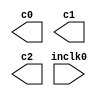
// megafunction wizard: %ALTPLL%VBB%
// GENERATION: STANDARD
// VERSION: WM1.0
// MODULE: altpll 

// ============================================================
// Megafunction Name(s):
// 			altpll
//
// Simulation Library Files(s):
// 			altera_mf
// ============================================================
// ************************************************************
// THIS IS A WIZARD-GENERATED FILE. DO NOT EDIT THIS FILE!
//
// 9.1 Build 350 03/24/2010 SP 2 SJ Full Version
// ************************************************************

//Copyright (C) 1991-2010 Altera Corporation
//Your use of Altera Corporation's design tools, logic functions 
//and other software and tools, and its AMPP partner logic 
//functions, and any output files from any of the foregoing 
//(including device programming or simulation files), and any 
//associated documentation or information are expressly subject 
//to the terms and conditions of the Altera Program License 
//Subscription Agreement, Altera MegaCore Function License 
//Agreement, or other applicable license agreement, including, 
//without limitation, that your use is for the sole purpose of 
//programming logic devices manufactured by Altera and sold by 
//Altera or its authorized distributors.  Please refer to the 
//applicable agreement for further details.

module enet_rx_clk_pll (
	inclk0,
	c0,
	c1,
	c2);

	input	  inclk0;
	output	  c0;
	output	  c1;
	output	  c2;

endmodule

// ============================================================
// CNX file retrieval info
// ============================================================
// Retrieval info: PRIVATE: ACTIVECLK_CHECK STRING "0"
// Retrieval info: PRIVATE: BANDWIDTH STRING "1.000"
// Retrieval info: PRIVATE: BANDWIDTH_FEATURE_ENABLED STRING "1"
// Retrieval info: PRIVATE: BANDWIDTH_FREQ_UNIT STRING "MHz"
// Retrieval info: PRIVATE: BANDWIDTH_PRESET STRING "Low"
// Retrieval info: PRIVATE: BANDWIDTH_USE_AUTO STRING "1"
// Retrieval info: PRIVATE: BANDWIDTH_USE_PRESET STRING "0"
// Retrieval info: PRIVATE: CLKBAD_SWITCHOVER_CHECK STRING "0"
// Retrieval info: PRIVATE: CLKLOSS_CHECK STRING "0"
// Retrieval info: PRIVATE: CLKSWITCH_CHECK STRING "0"
// Retrieval info: PRIVATE: CNX_NO_COMPENSATE_RADIO STRING "0"
// Retrieval info: PRIVATE: CREATE_CLKBAD_CHECK STRING "0"
// Retrieval info: PRIVATE: CREATE_INCLK1_CHECK STRING "0"
// Retrieval info: PRIVATE: CUR_DEDICATED_CLK STRING "c0"
// Retrieval info: PRIVATE: CUR_FBIN_CLK STRING "c0"
// Retrieval info: PRIVATE: DEVICE_SPEED_GRADE STRING "Any"
// Retrieval info: PRIVATE: DIV_FACTOR0 NUMERIC "1"
// Retrieval info: PRIVATE: DIV_FACTOR1 NUMERIC "1"
// Retrieval info: PRIVATE: DIV_FACTOR2 NUMERIC "1"
// Retrieval info: PRIVATE: DUTY_CYCLE0 STRING "50.00000000"
// Retrieval info: PRIVATE: DUTY_CYCLE1 STRING "50.00000000"
// Retrieval info: PRIVATE: DUTY_CYCLE2 STRING "50.00000000"
// Retrieval info: PRIVATE: EFF_OUTPUT_FREQ_VALUE0 STRING "125.000000"
// Retrieval info: PRIVATE: EFF_OUTPUT_FREQ_VALUE1 STRING "125.000000"
// Retrieval info: PRIVATE: EFF_OUTPUT_FREQ_VALUE2 STRING "125.000000"
// Retrieval info: PRIVATE: EXPLICIT_SWITCHOVER_COUNTER STRING "0"
// Retrieval info: PRIVATE: EXT_FEEDBACK_RADIO STRING "0"
// Retrieval info: PRIVATE: GLOCKED_COUNTER_EDIT_CHANGED STRING "1"
// Retrieval info: PRIVATE: GLOCKED_FEATURE_ENABLED STRING "0"
// Retrieval info: PRIVATE: GLOCKED_MODE_CHECK STRING "0"
// Retrieval info: PRIVATE: GLOCK_COUNTER_EDIT NUMERIC "1048575"
// Retrieval info: PRIVATE: HAS_MANUAL_SWITCHOVER STRING "1"
// Retrieval info: PRIVATE: INCLK0_FREQ_EDIT STRING "125.000"
// Retrieval info: PRIVATE: INCLK0_FREQ_UNIT_COMBO STRING "MHz"
// Retrieval info: PRIVATE: INCLK1_FREQ_EDIT STRING "100.000"
// Retrieval info: PRIVATE: INCLK1_FREQ_EDIT_CHANGED STRING "1"
// Retrieval info: PRIVATE: INCLK1_FREQ_UNIT_CHANGED STRING "1"
// Retrieval info: PRIVATE: INCLK1_FREQ_UNIT_COMBO STRING "MHz"
// Retrieval info: PRIVATE: INTENDED_DEVICE_FAMILY STRING "Cyclone IV E"
// Retrieval info: PRIVATE: INT_FEEDBACK__MODE_RADIO STRING "1"
// Retrieval info: PRIVATE: LOCKED_OUTPUT_CHECK STRING "0"
// Retrieval info: PRIVATE: LONG_SCAN_RADIO STRING "1"
// Retrieval info: PRIVATE: LVDS_MODE_DATA_RATE STRING "301.136"
// Retrieval info: PRIVATE: LVDS_MODE_DATA_RATE_DIRTY NUMERIC "0"
// Retrieval info: PRIVATE: LVDS_PHASE_SHIFT_UNIT0 STRING "deg"
// Retrieval info: PRIVATE: LVDS_PHASE_SHIFT_UNIT1 STRING "ps"
// Retrieval info: PRIVATE: LVDS_PHASE_SHIFT_UNIT2 STRING "ps"
// Retrieval info: PRIVATE: MIG_DEVICE_SPEED_GRADE STRING "Any"
// Retrieval info: PRIVATE: MIRROR_CLK0 STRING "0"
// Retrieval info: PRIVATE: MIRROR_CLK1 STRING "0"
// Retrieval info: PRIVATE: MIRROR_CLK2 STRING "0"
// Retrieval info: PRIVATE: MULT_FACTOR0 NUMERIC "1"
// Retrieval info: PRIVATE: MULT_FACTOR1 NUMERIC "1"
// Retrieval info: PRIVATE: MULT_FACTOR2 NUMERIC "1"
// Retrieval info: PRIVATE: NORMAL_MODE_RADIO STRING "0"
// Retrieval info: PRIVATE: OUTPUT_FREQ0 STRING "100.00000000"
// Retrieval info: PRIVATE: OUTPUT_FREQ1 STRING "100.00000000"
// Retrieval info: PRIVATE: OUTPUT_FREQ2 STRING "100.00000000"
// Retrieval info: PRIVATE: OUTPUT_FREQ_MODE0 STRING "0"
// Retrieval info: PRIVATE: OUTPUT_FREQ_MODE1 STRING "0"
// Retrieval info: PRIVATE: OUTPUT_FREQ_MODE2 STRING "0"
// Retrieval info: PRIVATE: OUTPUT_FREQ_UNIT0 STRING "MHz"
// Retrieval info: PRIVATE: OUTPUT_FREQ_UNIT1 STRING "MHz"
// Retrieval info: PRIVATE: OUTPUT_FREQ_UNIT2 STRING "MHz"
// Retrieval info: PRIVATE: PHASE_RECONFIG_FEATURE_ENABLED STRING "1"
// Retrieval info: PRIVATE: PHASE_RECONFIG_INPUTS_CHECK STRING "0"
// Retrieval info: PRIVATE: PHASE_SHIFT0 STRING "0.00000000"
// Retrieval info: PRIVATE: PHASE_SHIFT1 STRING "90.00000000"
// Retrieval info: PRIVATE: PHASE_SHIFT2 STRING "180.00000000"
// Retrieval info: PRIVATE: PHASE_SHIFT_STEP_ENABLED_CHECK STRING "0"
// Retrieval info: PRIVATE: PHASE_SHIFT_UNIT0 STRING "deg"
// Retrieval info: PRIVATE: PHASE_SHIFT_UNIT1 STRING "deg"
// Retrieval info: PRIVATE: PHASE_SHIFT_UNIT2 STRING "deg"
// Retrieval info: PRIVATE: PLL_ADVANCED_PARAM_CHECK STRING "0"
// Retrieval info: PRIVATE: PLL_ARESET_CHECK STRING "0"
// Retrieval info: PRIVATE: PLL_AUTOPLL_CHECK NUMERIC "1"
// Retrieval info: PRIVATE: PLL_ENHPLL_CHECK NUMERIC "0"
// Retrieval info: PRIVATE: PLL_FASTPLL_CHECK NUMERIC "0"
// Retrieval info: PRIVATE: PLL_FBMIMIC_CHECK STRING "0"
// Retrieval info: PRIVATE: PLL_LVDS_PLL_CHECK NUMERIC "0"
// Retrieval info: PRIVATE: PLL_PFDENA_CHECK STRING "0"
// Retrieval info: PRIVATE: PLL_TARGET_HARCOPY_CHECK NUMERIC "0"
// Retrieval info: PRIVATE: PRIMARY_CLK_COMBO STRING "inclk0"
// Retrieval info: PRIVATE: RECONFIG_FILE STRING "enet_rx_clk_pll.mif"
// Retrieval info: PRIVATE: SACN_INPUTS_CHECK STRING "0"
// Retrieval info: PRIVATE: SCAN_FEATURE_ENABLED STRING "1"
// Retrieval info: PRIVATE: SELF_RESET_LOCK_LOSS STRING "0"
// Retrieval info: PRIVATE: SHORT_SCAN_RADIO STRING "0"
// Retrieval info: PRIVATE: SPREAD_FEATURE_ENABLED STRING "0"
// Retrieval info: PRIVATE: SPREAD_FREQ STRING "50.000"
// Retrieval info: PRIVATE: SPREAD_FREQ_UNIT STRING "KHz"
// Retrieval info: PRIVATE: SPREAD_PERCENT STRING "0.500"
// Retrieval info: PRIVATE: SPREAD_USE STRING "0"
// Retrieval info: PRIVATE: SRC_SYNCH_COMP_RADIO STRING "1"
// Retrieval info: PRIVATE: STICKY_CLK0 STRING "1"
// Retrieval info: PRIVATE: STICKY_CLK1 STRING "1"
// Retrieval info: PRIVATE: STICKY_CLK2 STRING "1"
// Retrieval info: PRIVATE: SWITCHOVER_COUNT_EDIT NUMERIC "1"
// Retrieval info: PRIVATE: SWITCHOVER_FEATURE_ENABLED STRING "1"
// Retrieval info: PRIVATE: SYNTH_WRAPPER_GEN_POSTFIX STRING "0"
// Retrieval info: PRIVATE: USE_CLK0 STRING "1"
// Retrieval info: PRIVATE: USE_CLK1 STRING "1"
// Retrieval info: PRIVATE: USE_CLK2 STRING "1"
// Retrieval info: PRIVATE: USE_CLKENA0 STRING "0"
// Retrieval info: PRIVATE: USE_CLKENA1 STRING "0"
// Retrieval info: PRIVATE: USE_CLKENA2 STRING "0"
// Retrieval info: PRIVATE: USE_MIL_SPEED_GRADE NUMERIC "0"
// Retrieval info: PRIVATE: ZERO_DELAY_RADIO STRING "0"
// Retrieval info: LIBRARY: altera_mf altera_mf.altera_mf_components.all
// Retrieval info: CONSTANT: BANDWIDTH_TYPE STRING "AUTO"
// Retrieval info: CONSTANT: CLK0_DIVIDE_BY NUMERIC "1"
// Retrieval info: CONSTANT: CLK0_DUTY_CYCLE NUMERIC "50"
// Retrieval info: CONSTANT: CLK0_MULTIPLY_BY NUMERIC "1"
// Retrieval info: CONSTANT: CLK0_PHASE_SHIFT STRING "0"
// Retrieval info: CONSTANT: CLK1_DIVIDE_BY NUMERIC "1"
// Retrieval info: CONSTANT: CLK1_DUTY_CYCLE NUMERIC "50"
// Retrieval info: CONSTANT: CLK1_MULTIPLY_BY NUMERIC "1"
// Retrieval info: CONSTANT: CLK1_PHASE_SHIFT STRING "2000"
// Retrieval info: CONSTANT: CLK2_DIVIDE_BY NUMERIC "1"
// Retrieval info: CONSTANT: CLK2_DUTY_CYCLE NUMERIC "50"
// Retrieval info: CONSTANT: CLK2_MULTIPLY_BY NUMERIC "1"
// Retrieval info: CONSTANT: CLK2_PHASE_SHIFT STRING "4000"
// Retrieval info: CONSTANT: COMPENSATE_CLOCK STRING "CLK0"
// Retrieval info: CONSTANT: INCLK0_INPUT_FREQUENCY NUMERIC "8000"
// Retrieval info: CONSTANT: INTENDED_DEVICE_FAMILY STRING "Cyclone IV E"
// Retrieval info: CONSTANT: LPM_TYPE STRING "altpll"
// Retrieval info: CONSTANT: OPERATION_MODE STRING "SOURCE_SYNCHRONOUS"
// Retrieval info: CONSTANT: PLL_TYPE STRING "AUTO"
// Retrieval info: CONSTANT: PORT_ACTIVECLOCK STRING "PORT_UNUSED"
// Retrieval info: CONSTANT: PORT_ARESET STRING "PORT_UNUSED"
// Retrieval info: CONSTANT: PORT_CLKBAD0 STRING "PORT_UNUSED"
// Retrieval info: CONSTANT: PORT_CLKBAD1 STRING "PORT_UNUSED"
// Retrieval info: CONSTANT: PORT_CLKLOSS STRING "PORT_UNUSED"
// Retrieval info: CONSTANT: PORT_CLKSWITCH STRING "PORT_UNUSED"
// Retrieval info: CONSTANT: PORT_CONFIGUPDATE STRING "PORT_UNUSED"
// Retrieval info: CONSTANT: PORT_FBIN STRING "PORT_UNUSED"
// Retrieval info: CONSTANT: PORT_INCLK0 STRING "PORT_USED"
// Retrieval info: CONSTANT: PORT_INCLK1 STRING "PORT_UNUSED"
// Retrieval info: CONSTANT: PORT_LOCKED STRING "PORT_UNUSED"
// Retrieval info: CONSTANT: PORT_PFDENA STRING "PORT_UNUSED"
// Retrieval info: CONSTANT: PORT_PHASECOUNTERSELECT STRING "PORT_UNUSED"
// Retrieval info: CONSTANT: PORT_PHASEDONE STRING "PORT_UNUSED"
// Retrieval info: CONSTANT: PORT_PHASESTEP STRING "PORT_UNUSED"
// Retrieval info: CONSTANT: PORT_PHASEUPDOWN STRING "PORT_UNUSED"
// Retrieval info: CONSTANT: PORT_PLLENA STRING "PORT_UNUSED"
// Retrieval info: CONSTANT: PORT_SCANACLR STRING "PORT_UNUSED"
// Retrieval info: CONSTANT: PORT_SCANCLK STRING "PORT_UNUSED"
// Retrieval info: CONSTANT: PORT_SCANCLKENA STRING "PORT_UNUSED"
// Retrieval info: CONSTANT: PORT_SCANDATA STRING "PORT_UNUSED"
// Retrieval info: CONSTANT: PORT_SCANDATAOUT STRING "PORT_UNUSED"
// Retrieval info: CONSTANT: PORT_SCANDONE STRING "PORT_UNUSED"
// Retrieval info: CONSTANT: PORT_SCANREAD STRING "PORT_UNUSED"
// Retrieval info: CONSTANT: PORT_SCANWRITE STRING "PORT_UNUSED"
// Retrieval info: CONSTANT: PORT_clk0 STRING "PORT_USED"
// Retrieval info: CONSTANT: PORT_clk1 STRING "PORT_USED"
// Retrieval info: CONSTANT: PORT_clk2 STRING "PORT_USED"
// Retrieval info: CONSTANT: PORT_clk3 STRING "PORT_UNUSED"
// Retrieval info: CONSTANT: PORT_clk4 STRING "PORT_UNUSED"
// Retrieval info: CONSTANT: PORT_clk5 STRING "PORT_UNUSED"
// Retrieval info: CONSTANT: PORT_clkena0 STRING "PORT_UNUSED"
// Retrieval info: CONSTANT: PORT_clkena1 STRING "PORT_UNUSED"
// Retrieval info: CONSTANT: PORT_clkena2 STRING "PORT_UNUSED"
// Retrieval info: CONSTANT: PORT_clkena3 STRING "PORT_UNUSED"
// Retrieval info: CONSTANT: PORT_clkena4 STRING "PORT_UNUSED"
// Retrieval info: CONSTANT: PORT_clkena5 STRING "PORT_UNUSED"
// Retrieval info: CONSTANT: PORT_extclk0 STRING "PORT_UNUSED"
// Retrieval info: CONSTANT: PORT_extclk1 STRING "PORT_UNUSED"
// Retrieval info: CONSTANT: PORT_extclk2 STRING "PORT_UNUSED"
// Retrieval info: CONSTANT: PORT_extclk3 STRING "PORT_UNUSED"
// Retrieval info: CONSTANT: WIDTH_CLOCK NUMERIC "5"
// Retrieval info: USED_PORT: @clk 0 0 5 0 OUTPUT_CLK_EXT VCC "@clk[4..0]"
// Retrieval info: USED_PORT: c0 0 0 0 0 OUTPUT_CLK_EXT VCC "c0"
// Retrieval info: USED_PORT: c1 0 0 0 0 OUTPUT_CLK_EXT VCC "c1"
// Retrieval info: USED_PORT: c2 0 0 0 0 OUTPUT_CLK_EXT VCC "c2"
// Retrieval info: USED_PORT: inclk0 0 0 0 0 INPUT_CLK_EXT GND "inclk0"
// Retrieval info: CONNECT: @inclk 0 0 1 0 inclk0 0 0 0 0
// Retrieval info: CONNECT: c0 0 0 0 0 @clk 0 0 1 0
// Retrieval info: CONNECT: c1 0 0 0 0 @clk 0 0 1 1
// Retrieval info: CONNECT: c2 0 0 0 0 @clk 0 0 1 2
// Retrieval info: CONNECT: @inclk 0 0 1 1 GND 0 0 0 0
// Retrieval info: GEN_FILE: TYPE_NORMAL enet_rx_clk_pll.v TRUE
// Retrieval info: GEN_FILE: TYPE_NORMAL enet_rx_clk_pll.ppf TRUE
// Retrieval info: GEN_FILE: TYPE_NORMAL enet_rx_clk_pll.inc FALSE
// Retrieval info: GEN_FILE: TYPE_NORMAL enet_rx_clk_pll.cmp FALSE
// Retrieval info: GEN_FILE: TYPE_NORMAL enet_rx_clk_pll.bsf TRUE
// Retrieval info: GEN_FILE: TYPE_NORMAL enet_rx_clk_pll_inst.v FALSE
// Retrieval info: GEN_FILE: TYPE_NORMAL enet_rx_clk_pll_bb.v TRUE
// Retrieval info: GEN_FILE: TYPE_NORMAL enet_rx_clk_pll_waveforms.html TRUE
// Retrieval info: GEN_FILE: TYPE_NORMAL enet_rx_clk_pll_wave*.jpg FALSE
// Retrieval info: LIB_FILE: altera_mf
// Retrieval info: CBX_MODULE_PREFIX: ON